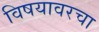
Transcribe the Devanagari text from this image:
विषयावरचा